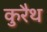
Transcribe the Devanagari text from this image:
कुरैथ